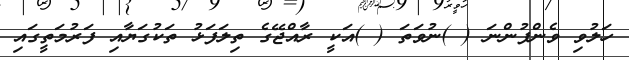
ހަލުވި ވެންފުންނަ ( )ނުވަތަ ( )އަކީ ރާއްޖޭގެ ތިލަފަޅު ތަކުގަޔާއި ފަރުމަތީގައި